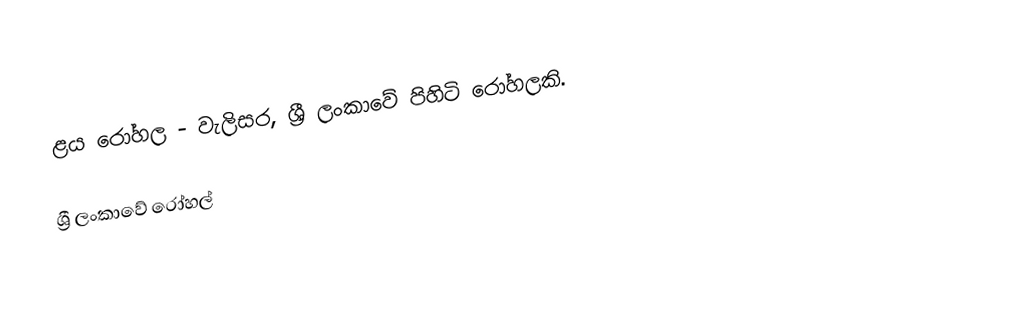
ළය රෝහල - වැලිසර, ශ්‍රී ලංකාවේ පිහිටි රෝහලකි.

ශ්‍රී ලංකාවේ රෝහල්